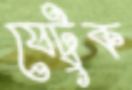
যেটুক